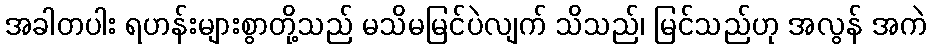
အခါတပါး ရဟန်းများစွာတို့သည် မသိမမြင်ပဲလျက် သိသည်၊ မြင်သည်ဟု အလွန် အကဲ